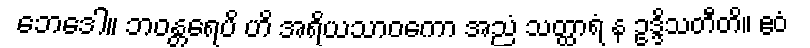
ဘေဒေါ။ ဘဝန္တရေပိ ဟိ အရိယသာဝကော အညံ သတ္ထာရံ န ဥဒ္ဒိသတီတိ။ ဧဝံ